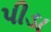
પીડા